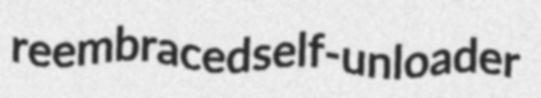
reembraced self-unloader